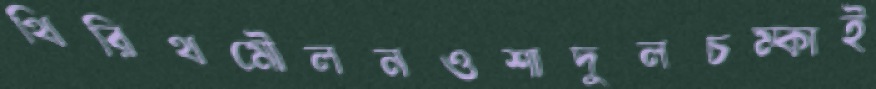
থিরিথমৌলনওশাদুলচম্‌কাই